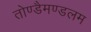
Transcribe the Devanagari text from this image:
तोण्डैमण्डलम